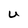
Character: U